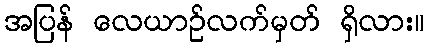
အပြန် လေယာဉ်လက်မှတ် ရှိလား။